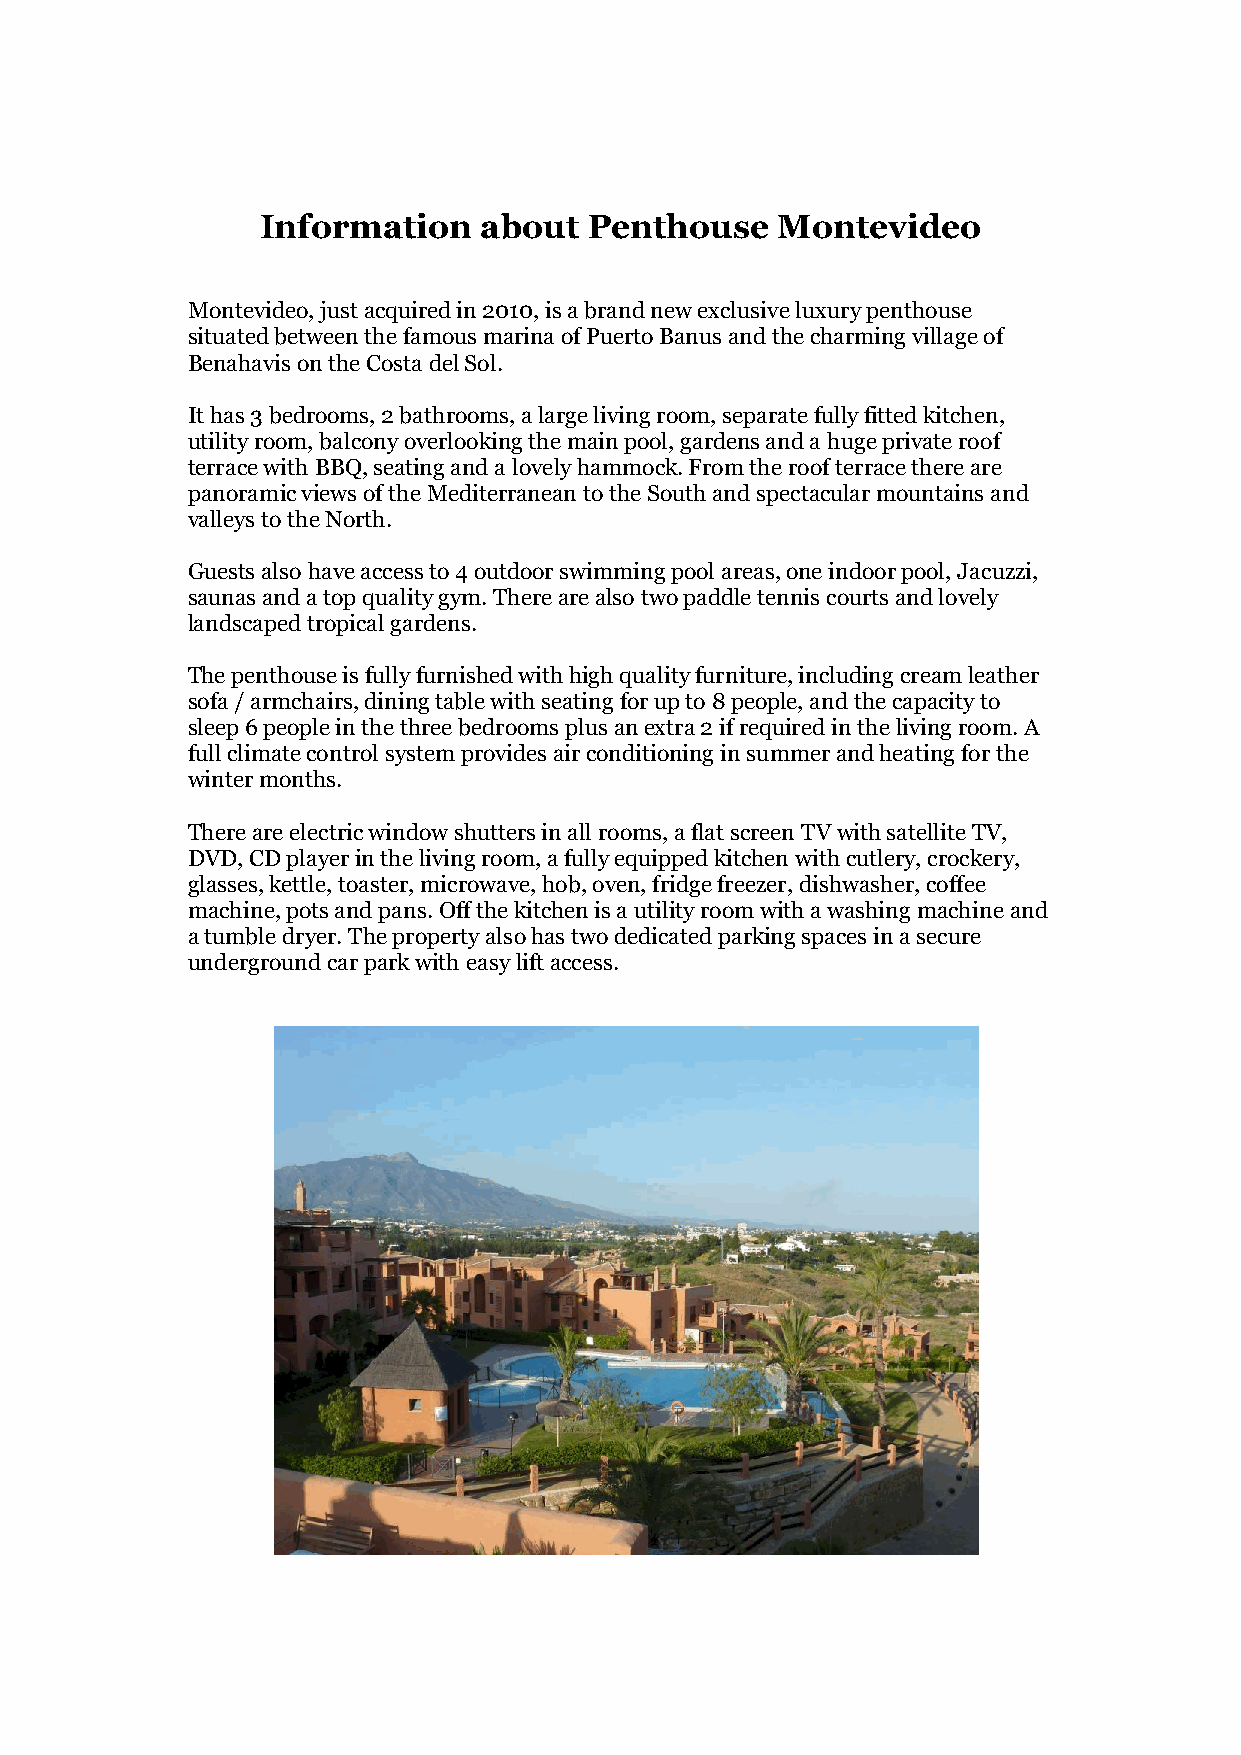
Information    about  Penthouse   Montevideo
 Montevideo, just acquired in 2010, is a brand new exclusive luxury penthouse
 situated between the famous marina of Puerto Banus and the charming village of
 Benahavis on the Costa del Sol.
 It has 3 bedrooms, 2 bathrooms, a large living room, separate fully fitted kitchen,
 utility room, balcony overlooking the main pool, gardens and a huge private roof
 terrace with BBQ, seating and a lovely hammock. From the roof terrace there are
 panoramic views of the Mediterranean to the South and spectacular mountains and
 valleys to the North.
 Guests also have access to 4 outdoor swimming pool areas, one indoor pool, Jacuzzi,
 saunas and a top quality gym. There are also two paddle tennis courts and lovely
 landscaped tropical gardens.
 The penthouse is fully furnished with high quality furniture, including cream leather
 sofa / armchairs, dining table with seating for up to 8 people, and the capacity to
 sleep 6 people in the three bedrooms plus an extra 2 if required in the living room. A
 full climate control system provides air conditioning in summer and heating for the
 winter months.
 There are electric window shutters in all rooms, a flat screen TV with satellite TV,
 DVD, CD player in the living room, a fully equipped kitchen with cutlery, crockery,
 glasses, kettle, toaster, microwave, hob, oven, fridge freezer, dishwasher, coffee
 machine, pots and pans. Off the kitchen is a utility room with a washing machine and
 a tumble dryer. The property also has two dedicated parking spaces in a secure
 underground car park with easy lift access.